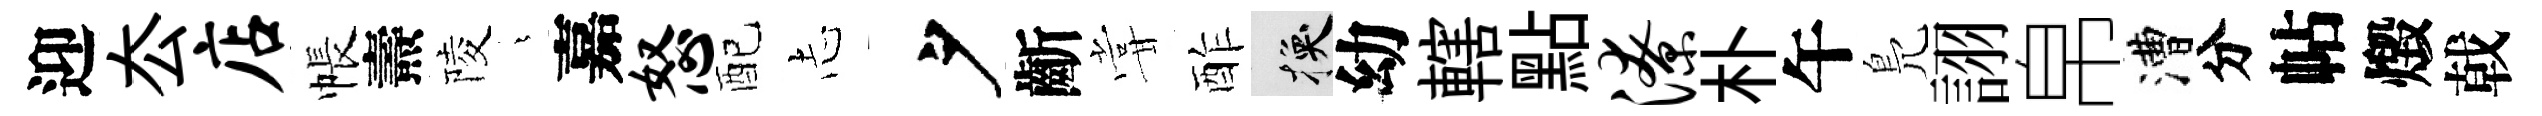
迎厺店帳燾陵燁嘉怒配𢖽夕齗甞酢换幼轄點潦朴午鳬詡帛漕分帖燬戟